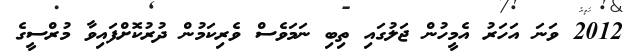
2012 ވަނަ އަހަރު އެމީހުން ޖަލުގައި ތިބި ނަމަވެސް ވެރިކަމުން ދުރުކޮށްފައިވާ މުރްސީގެ